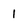
Character: 1